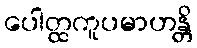
ပေါတ္ထကူပမာဟန္တိ